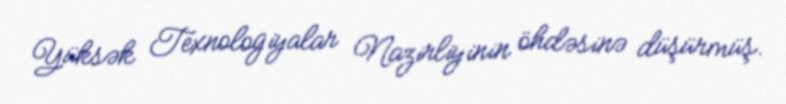
Yüksək Texnologiyalar Nazirliyinin öhdəsinə düşürmüş.